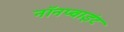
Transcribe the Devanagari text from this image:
नॉनप्वाइंट